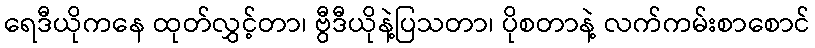
ရေဒီယိုကနေ ထုတ်လွှင့်တာ၊ ဗွီဒီယိုနဲ့ပြသတာ၊ ပိုစတာနဲ့ လက်ကမ်းစာစောင်